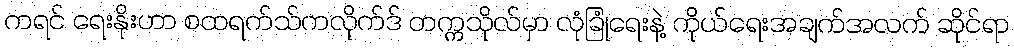
ကရင် ရေးနိုးဟာ စထရက်သ်ကလိုက်ဒ် တက္ကသိုလ်မှာ လုံခြုံရေးနဲ့ ကိုယ်ရေးအချက်အလက် ဆိုင်ရာ